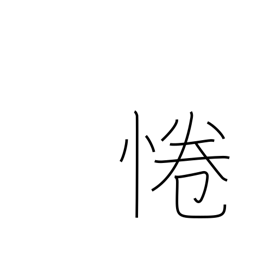
Meaning: be respectful